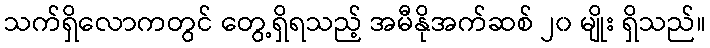
သက်ရှိလောကတွင် တွေ့ရှိရသည့် အမီနိုအက်ဆစ် ၂၀ မျိုး ရှိသည်။